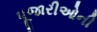
પૂજારીઓની